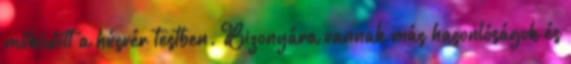
működött a húsvér testben. Bizonyára vannak más hasonlóságok és